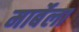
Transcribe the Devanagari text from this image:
मार्बेला